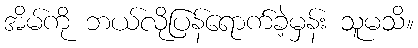
အိမ်ကို ဘယ်လိုပြန်ရောက်ခဲ့မှန်း သူမသိ။